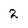
Character: 2